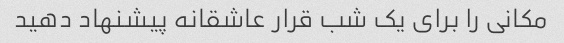
مکانی را برای یک شب قرار عاشقانه پیشنهاد دهید